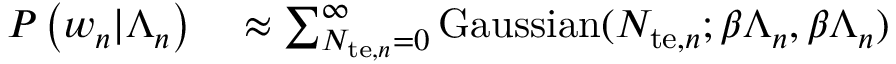
\begin{array} { r l } { P \left( w _ { n } | \Lambda _ { n } \right) } & { { } \approx \sum _ { N _ { \mathrm { t e } , n } = 0 } ^ { \infty } \mathrm { G a u s s i a n } ( N _ { \mathrm { t e } , n } ; \beta \Lambda _ { n } , \beta \Lambda _ { n } ) } \end{array}